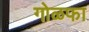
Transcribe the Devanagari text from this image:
गोळफा